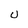
Character: U